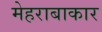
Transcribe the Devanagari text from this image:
मेहराबाकार